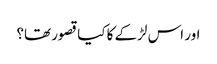
اور اس لڑکے کا کیا قصور تھا؟